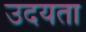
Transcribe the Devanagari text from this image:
उदयता